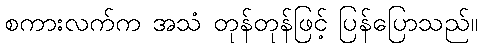
စကားလက်က အသံ တုန်တုန်ဖြင့် ပြန်ပြောသည်။